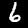
Digit: 6